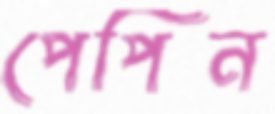
পেপিন